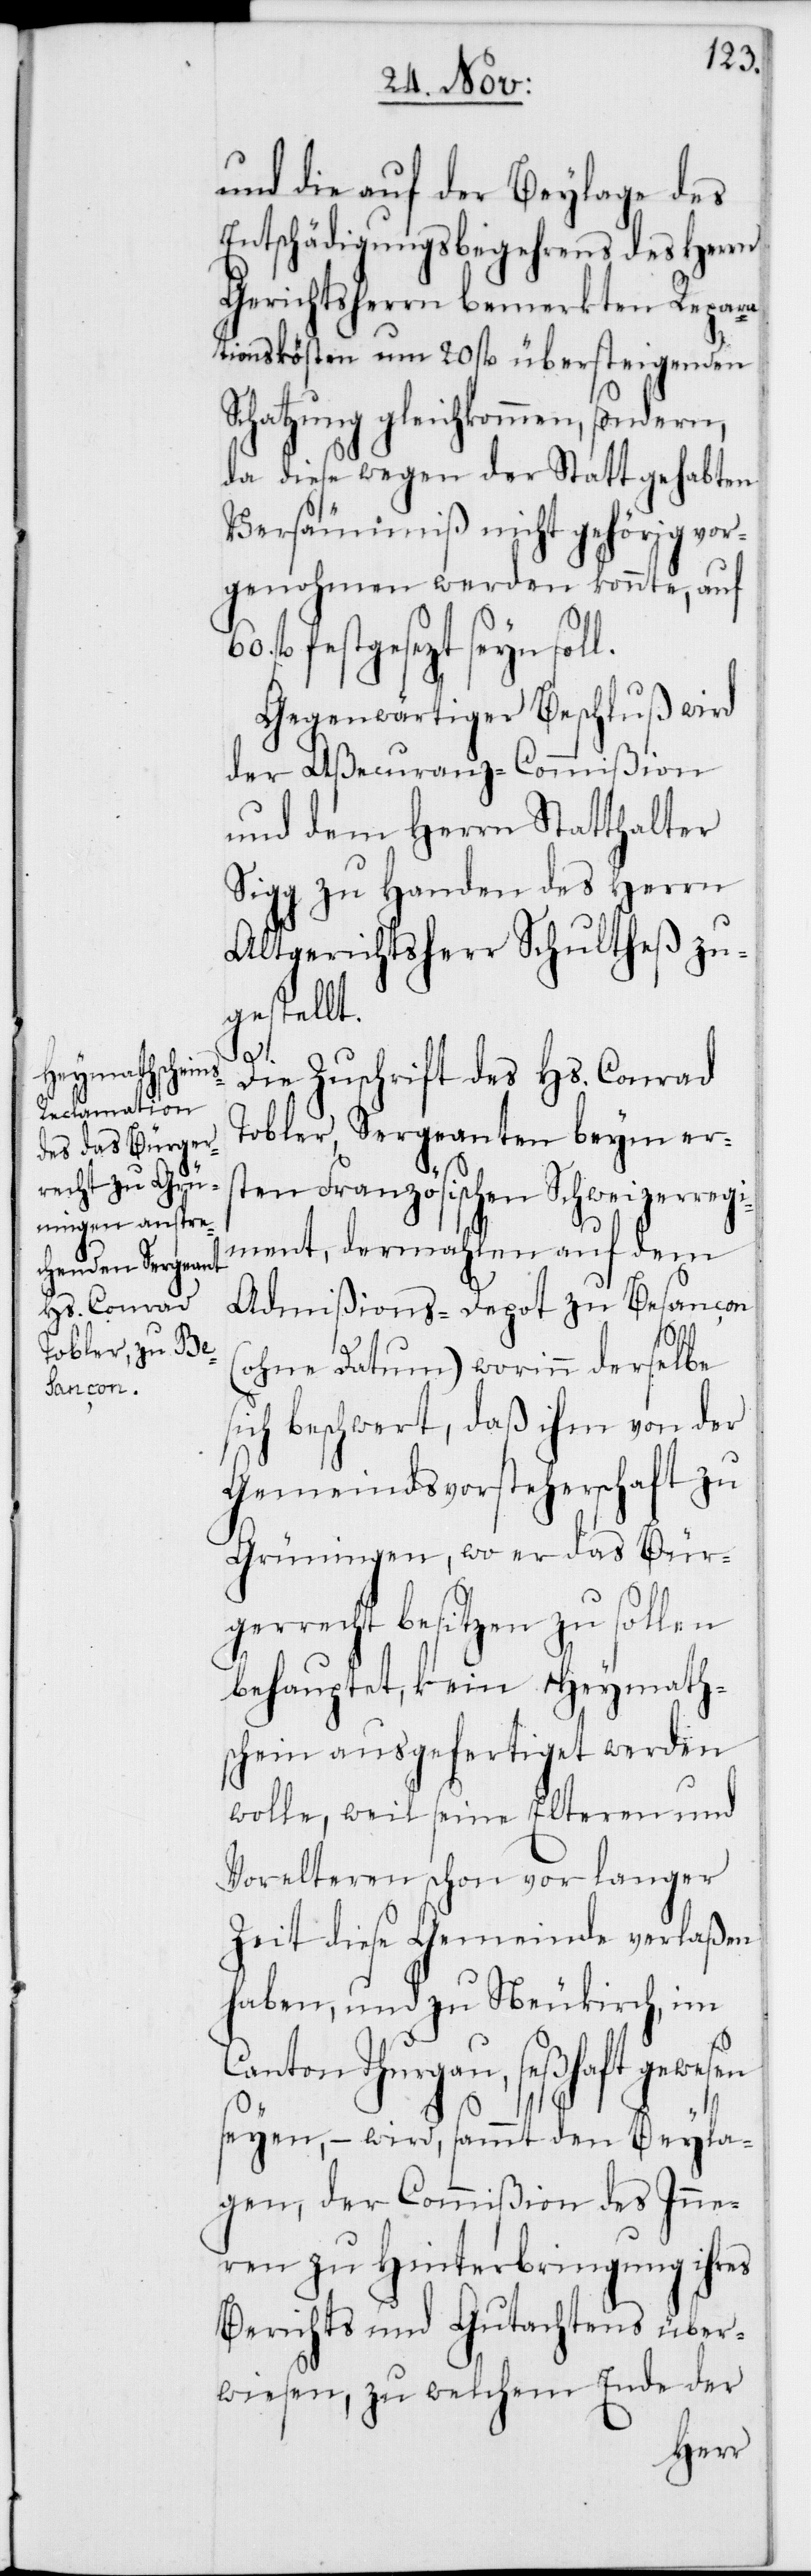
und die auf der Beylage des
Entschädigungsbegehrens des Herrn
Gerichtsherrn bemerkten Repara¬
tionskösten um 20. fl. übersteigenden
Schatzung gleichkommen, sondern,
da diese wegen der Statt gehabten
Versäumniß nicht gehörig vor¬
genohmen werden konnte, auf
fl. festgesezt seyn sol¬
Gegenwärtiger Beschluß wird
der Aßecuranz-Commißion
und dem Herrn Statthalter
Sigg zu Handen des Herrn
Altgerichtsherr Schultheß zu¬
gestellt.
s¬
Die Zuschrift des Hs. Conrad
Tobler, Sergeanten beym ers¬
ten Französischen Schweizerregi¬
ment, dermahlen auf dem
Admißions-Depot zu Besançon
(ohne Datum), worinn derselbe
ich beschwert, daß ihm von der
Gemeindsvorsteherschaft zu
Grüningen, wo er das Bür¬
gerrecht besitzen zu sollen
behauptet, kein Heymath¬
schein ausgefertiget werden
wolle, weil seine Elteren und
Vorelteren schon vor langer
Zeit diese Gemeinde verlaßen
haben, und zu Neukirch, im
Canton Thurgau, seßhaft gewesen
seyen, – wird, sammt den Beyla¬
gen, der Commißion des Inne¬
ren zu Hinterbringung ihres
Berichts und Gutachtens über¬
wiesen, zu welchem Ende der